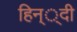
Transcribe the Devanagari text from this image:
हिन््दी